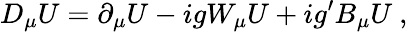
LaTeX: D_{\mu}U=\partial_{\mu}U-igW_{\mu}U+ig^{\prime}B_{\mu}U~,